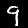
Digit: 9